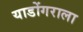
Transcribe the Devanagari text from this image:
याडोंगराला